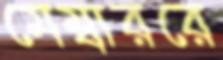
মেম্বাররে